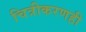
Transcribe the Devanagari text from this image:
चित्रीकरणही